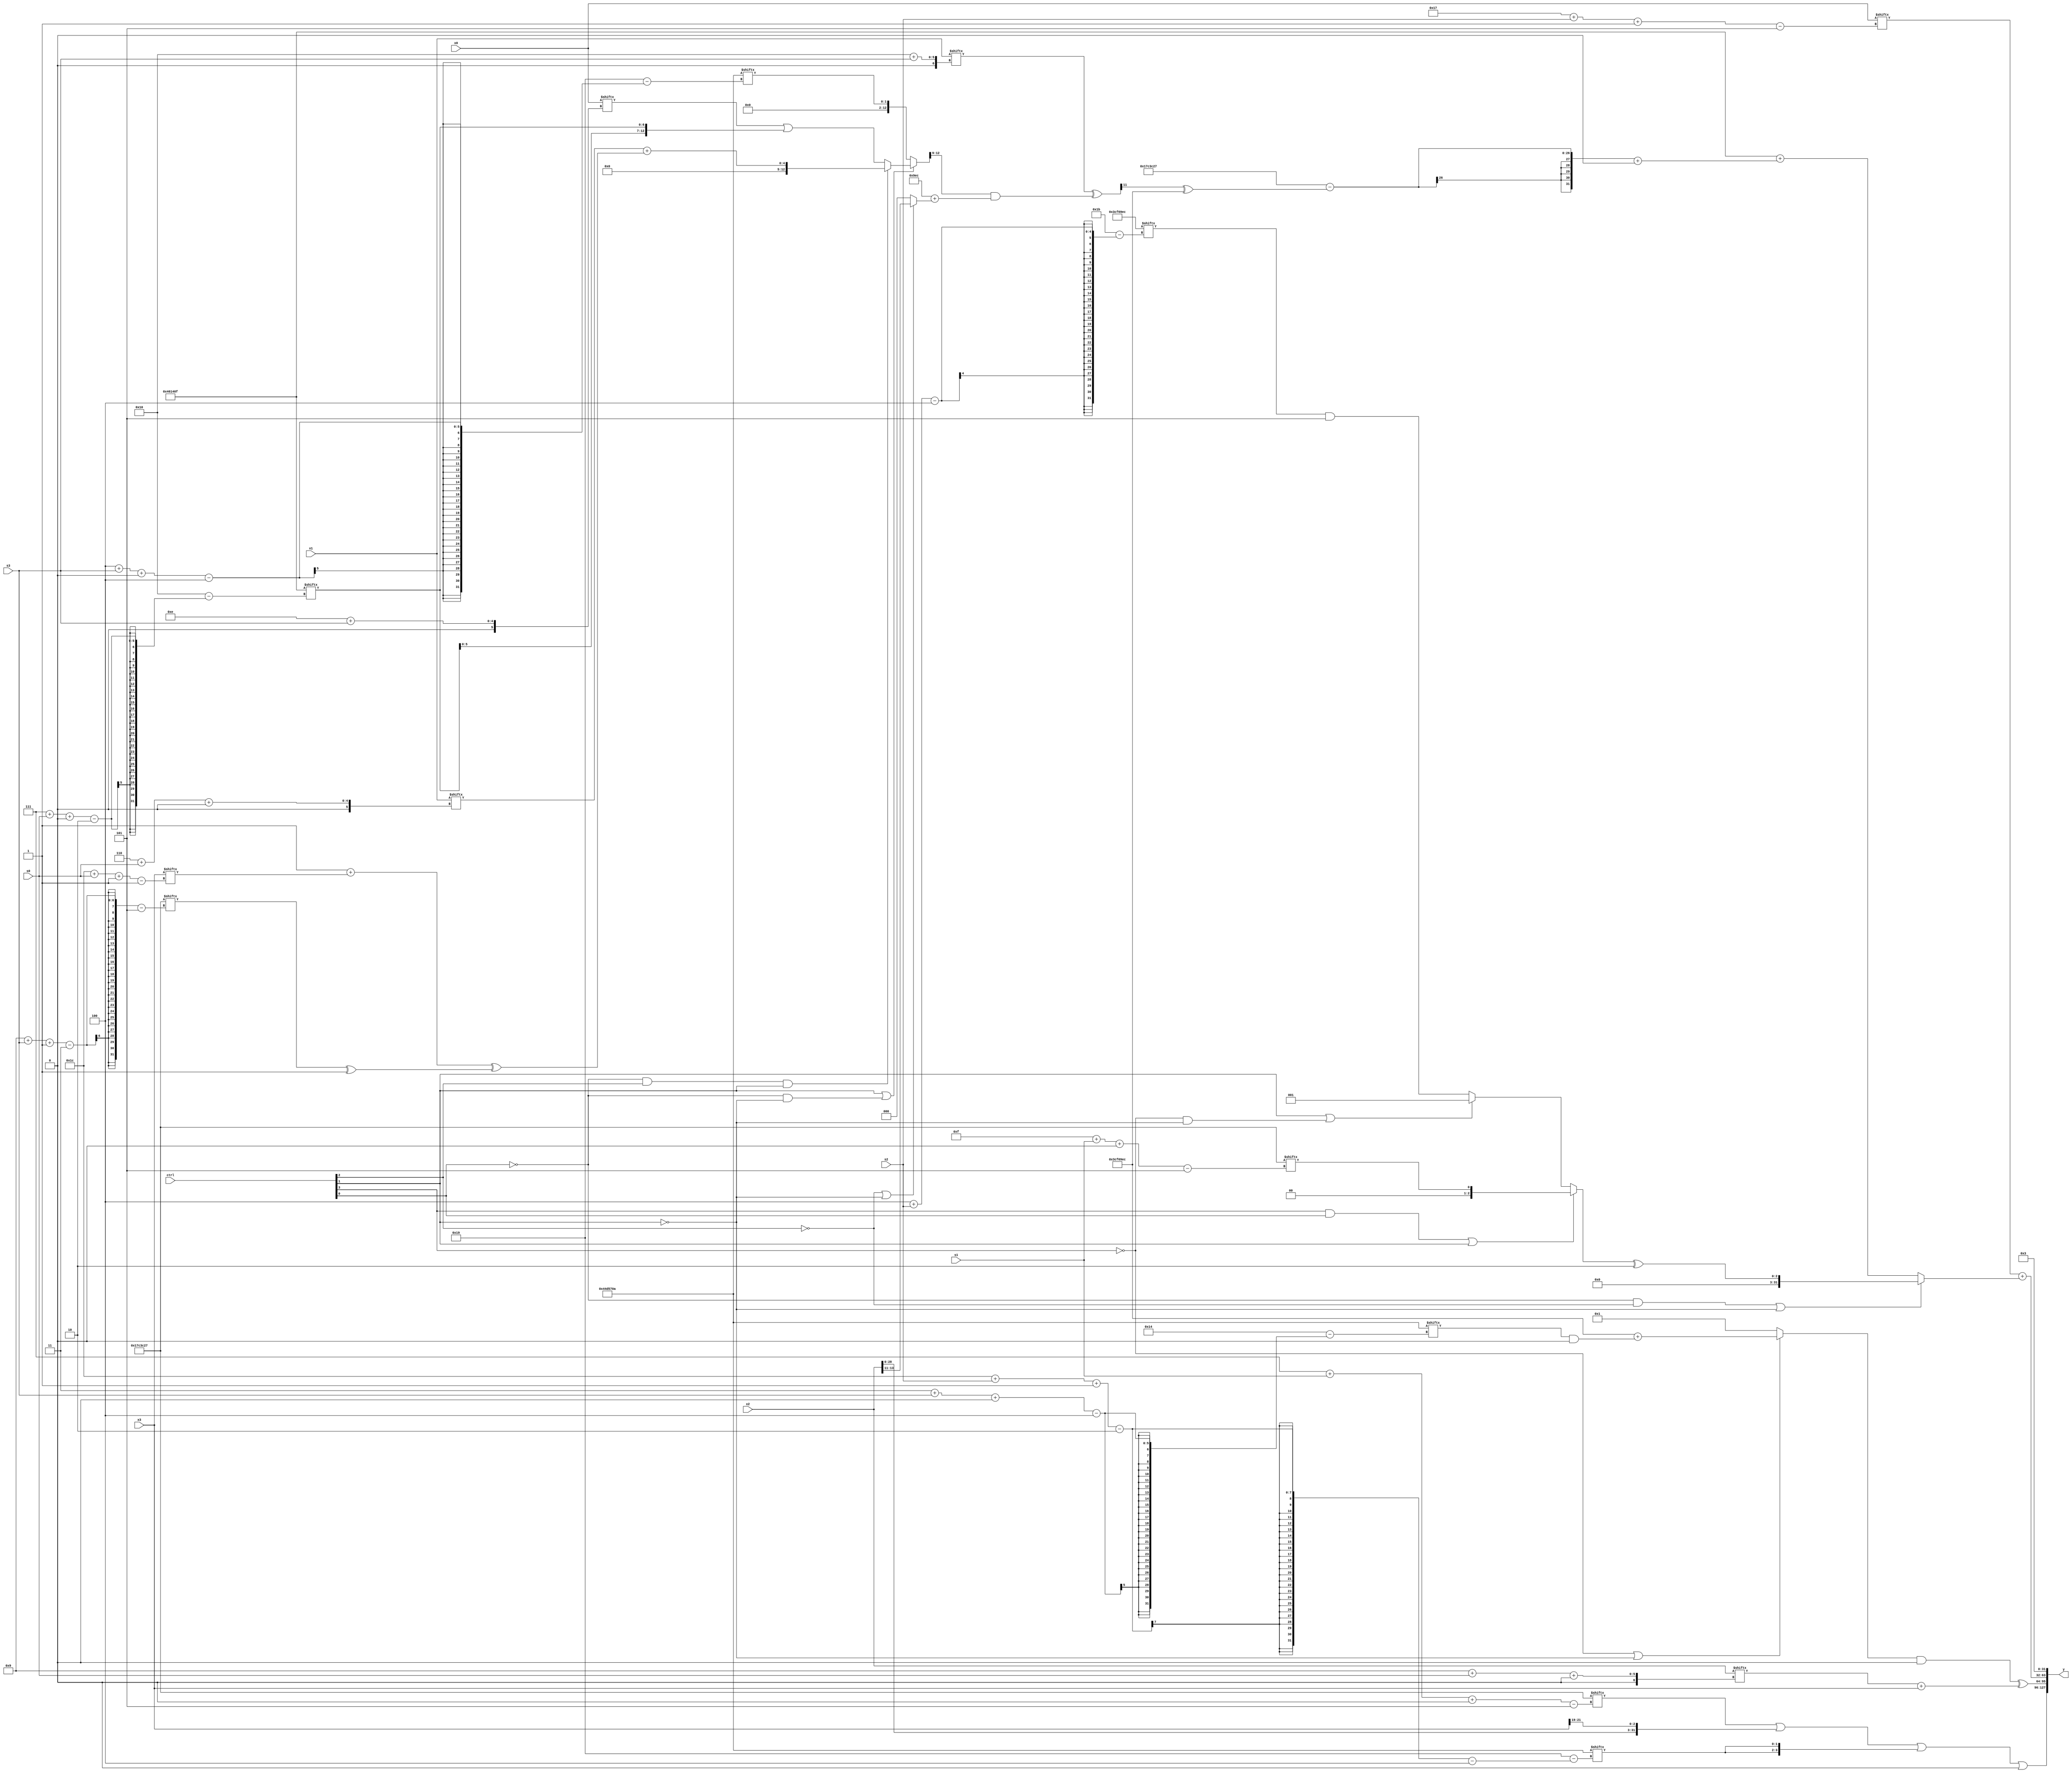
module partsel_00471(ctrl, s0, s1, s2, s3, x0, x1, x2, x3, y);
  input [3:0] ctrl;
  input [2:0] s0;
  input [2:0] s1;
  input [2:0] s2;
  input [2:0] s3;
  input [31:0] x0;
  input [31:0] x1;
  input [31:0] x2;
  input [31:0] x3;
  wire [24:4] x4;
  wire [26:7] x5;
  wire [6:28] x6;
  wire signed [24:4] x7;
  wire signed [24:5] x8;
  wire signed [0:27] x9;
  wire signed [3:29] x10;
  wire signed [7:26] x11;
  wire signed [1:26] x12;
  wire signed [29:7] x13;
  wire [3:27] x14;
  wire [30:0] x15;
  output [127:0] y;
  wire signed [31:0] y0;
  wire signed [31:0] y1;
  wire signed [31:0] y2;
  wire [31:0] y3;
  assign y = {y0,y1,y2,y3};
  localparam [31:5] p0 = 159136807;
  localparam signed [4:30] p1 = 206395146;
  localparam signed [2:24] p2 = 130421775;
  localparam signed [4:31] p3 = 63924716;
  assign x4 = (ctrl[1] || !ctrl[0] && !ctrl[1] ? (!ctrl[0] && ctrl[2] && ctrl[1] ? (x1[6 + s0 +: 4] + ((p1[18 +: 1] + x3[28 + s0 -: 1]) ^ (p0[9 + s3 -: 3] ^ p2[21]))) : (x0[14 + s3] | {2{p2[7 + s0 +: 7]}})) : p1[4 + s3 +: 2]);
  assign x5 = (ctrl[0] && ctrl[0] && !ctrl[3] ? ({2{x3[17 -: 3]}} | p3) : ({2{x3[13]}} & {x4[21], {2{x4[12 + s1 -: 7]}}}));
  assign x6 = {2{{2{(!ctrl[2] && !ctrl[1] || !ctrl[3] ? {(x4 ^ x0[19 + s2 +: 4]), (p2[12 +: 2] | p1[14 -: 1])} : {(ctrl[3] && ctrl[1] || !ctrl[1] ? p3[0 + s3 +: 1] : x5[28 + s1 -: 1]), x2[4 + s1 -: 2]})}}}};
  assign x7 = (x5 & {2{((p1[18 -: 4] | {2{x4[18]}}) + {2{{2{x0}}}})}});
  assign x8 = (ctrl[3] || ctrl[2] && ctrl[1] ? (p1[16 -: 4] ^ p2) : (p3[4 + s1 +: 7] + p3[4 + s2 +: 4]));
  assign x9 = x6[10 + s3 +: 8];
  assign x10 = x6[19 + s2];
  assign x11 = (x1[16 + s3] ^ {2{(x4[16 -: 4] & (p3 + (!ctrl[2] && !ctrl[2] || !ctrl[1] ? x2[11 +: 3] : p1[10])))}});
  assign x12 = x3[20 + s3 -: 3];
  assign x13 = p3[16 -: 2];
  assign x14 = x10[16];
  assign x15 = p1[20];
  assign y0 = (((p0[7 + s1 +: 7] | {{p1, x2}, x3[19 +: 3]}) | {2{p1[28 + s2 -: 2]}}) | (p0 & p2[16 +: 4]));
  assign y1 = (((!ctrl[3] || !ctrl[1] && !ctrl[1] ? (p3 + (p1[3 + s3 +: 7] & (p0[18] ^ p1[14]))) : x15) & p0[11 +: 3]) ^ (x2[9 + s0 +: 1] + x3));
  assign y2 = (x0[23 + s2 -: 5] + (!ctrl[0] && !ctrl[2] || !ctrl[1] ? ((ctrl[3] && ctrl[0] || ctrl[1] ? p0[15 + s1 +: 1] : (ctrl[1] || !ctrl[3] && !ctrl[1] ? p0[19 -: 2] : (p3[4 + s2] & p2[11 +: 4]))) ^ x13) : (p2 + ((p0 - (x11[15] ^ p3)) + {x12[17 +: 1], p0[8]}))));
  assign y3 = {2{p2[23]}};
endmodule